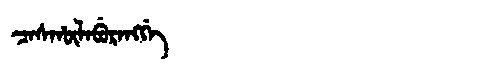
Manchu: ᠴᠠᠰᡥᡡᠯᠠᠪᡠᡵᠠᠩᡤᡝ
Romanization: CASHŪLABURANGGE